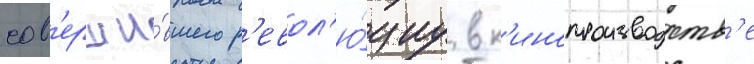
сов'ерши́вшего р'евол'ю́циу в к'инопроизводств'е